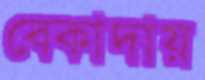
বেকাদায়